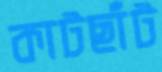
কাটছাঁট